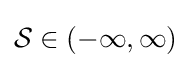
{\mathcal {S}}\in (-\infty ,\infty )